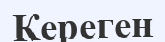
Кереген